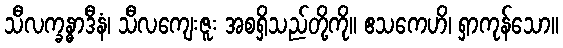
သီလက္ခန္ဓာဒီနံ၊ သီလကျေးဇူး အစရှိသည်တို့ကို။ ဧသကေဟိ၊ ရှာကုန်သော။